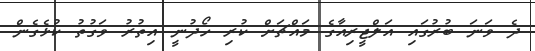
ދެ ވަނަ ބުރުގައި އަލްޖީރިއާގެ މައްޗަށް ކުރި ހޯދުނީ އިތުރު ވަގުތު ކުޅެގެން